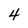
Character: 4